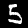
Label: 5